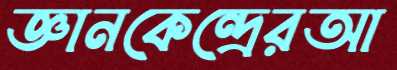
জ্ঞানকেন্দ্রেরআ